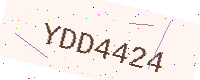
Text: YDD4424